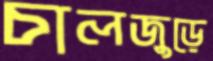
চালজুড়ে